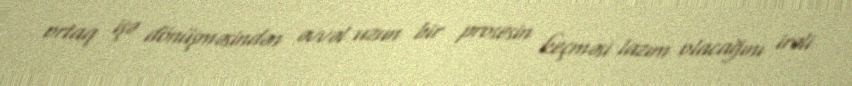
ortaq işə dönüşməsindən əvvəl uzun bir prosesin keçməsi lazım olacağını irəli